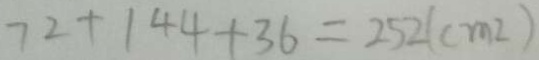
7 2 + 1 4 4 + 3 6 = 2 5 2 ( c m ^ { 2 } )